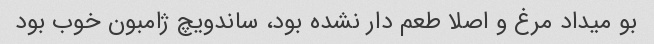
بو میداد مرغ و اصلا طعم دار نشده بود، ساندویچ ژامبون خوب بود